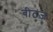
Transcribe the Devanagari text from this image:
बीटज़